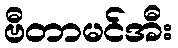
ဗီတာမင်အီး